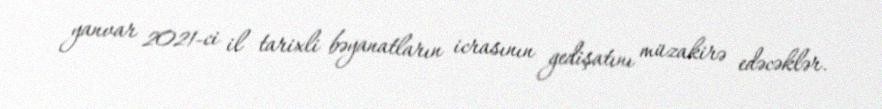
yanvar 2021-ci il tarixli bəyanatların icrasının gedişatını müzakirə edəcəklər.